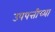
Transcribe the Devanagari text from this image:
उपपत्तीच्या